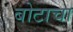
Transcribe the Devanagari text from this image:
बोटाचा